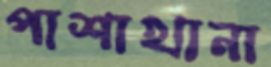
পাশাখানা